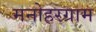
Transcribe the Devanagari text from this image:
मनोहरग्राम